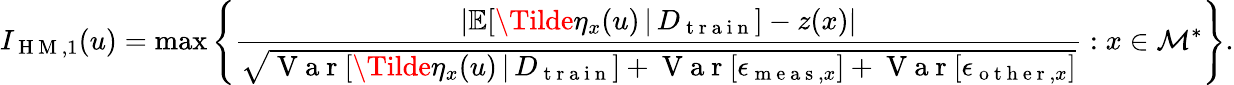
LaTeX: I_{\mathrm{~H~M~},1}(u)=\operatorname*{max}\left\{ \frac{\lvert\mathbb{E}[\Tilde{\eta}_{x}(u)\, \vert\, D_{\mathrm{~t~r~a~i~n~}}]-z(x)\rvert}{\sqrt{\mathrm{~V~a~r~}[\Tilde{\eta}_{x}(u)\, \vert\, D_{\mathrm{~t~r~a~i~n~}}]+\mathrm{~V~a~r~}[\epsilon_{\mathrm{~m~e~a~s~},x}]+\mathrm{~V~a~r~}[\epsilon_{\mathrm{~o~t~h~e~r~},x}]}}:x\in\mathcal{M}^{*}\right\} .